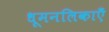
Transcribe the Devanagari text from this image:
धूमनलिकाएँ